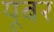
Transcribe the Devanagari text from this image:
यूबर